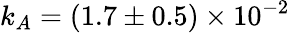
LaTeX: k_{A}=(1.7\pm 0.5)\times 10^{-2}